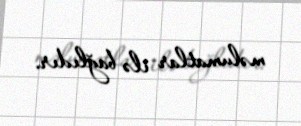
məlumatlar ilə bağlıdır.